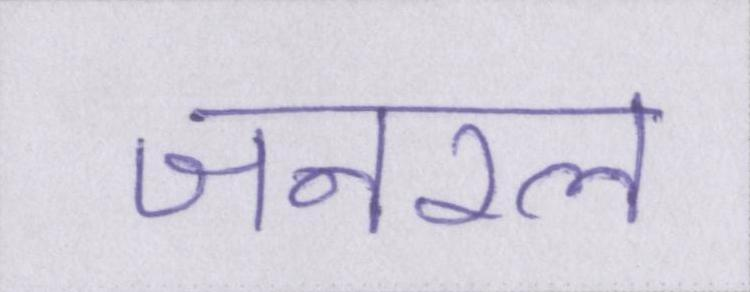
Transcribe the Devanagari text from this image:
जनरल